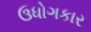
ઉધોગકાર